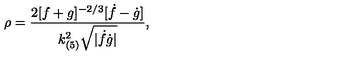
\rho = \frac { 2 [ f + g ] ^ { - 2 / 3 } [ \dot { f } - \dot { g } ] } { k _ { ( 5 ) } ^ { 2 } \sqrt { | \dot { f } \dot { g } | } } ,